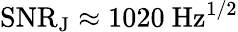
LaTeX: \mathrm{SNR_{J}}\approx 1020~\mathrm{Hz^{1/2}}